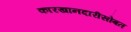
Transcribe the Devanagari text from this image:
कारखानदारीसोबत